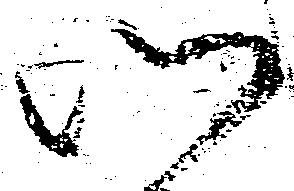
以